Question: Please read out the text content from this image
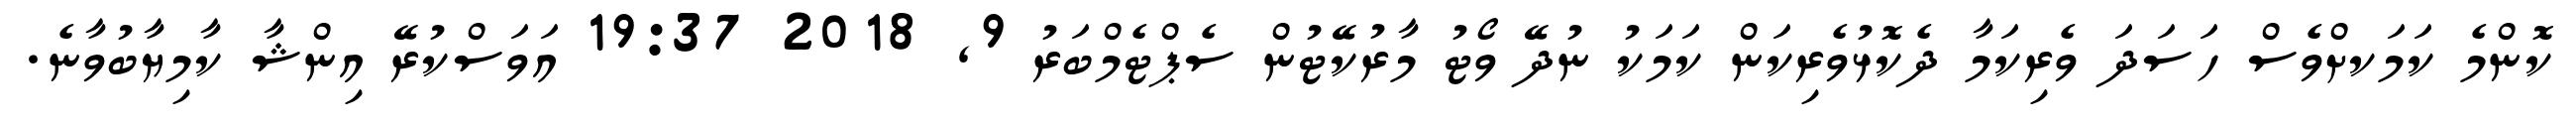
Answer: ކޮންމެ ކަމަކށްވެސް ހަސަދަ ވެރިކަމާ ދެކޮޅުވެރިކަން ކަމަކު ނުދޭ ވޯޓު މާރުކޭޓުން ސެޕްޓެމްބަރު 9, 2018 19:37 އަވަސްކުރޭ އިންޝާ ކާމިޔާބުވާނެ.